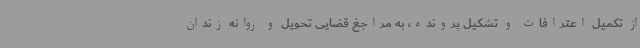
از تکمیل اعترافات و تشکیل پرونده، به مراجغ قضایی تحویل و روانه زندان